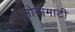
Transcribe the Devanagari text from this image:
सोनामाटी